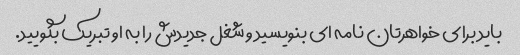
باید برای خواهرتان نامه ای بنویسید و شغل جدیدش را به او تبریک بگویید.